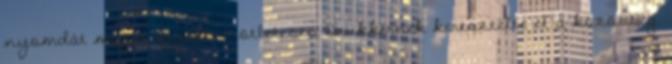
nyomdát magát egyéként ötletesen Drukkernek keresztelte el a közösség.